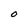
Character: O